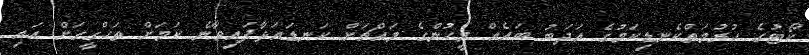
ކޯޓުގެ ހުރުމަތްކެނޑިކަމުގެ އަދަބު ބައެއް މީހުންގެ މައްޗަށް ކަނޑައަޅާފައިވާނެ ކަމަށް ތަހްގީގަށް އައި